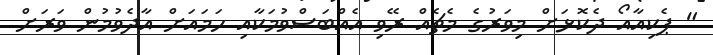
" ޕެކިއާއޯ ދެކޮޅަށް މިވަރުގެ މެޗެއް ރޭވި އެއްބަސްވުމަކާއި ހަމައަށް އާދެވުމުން ވަރަށް